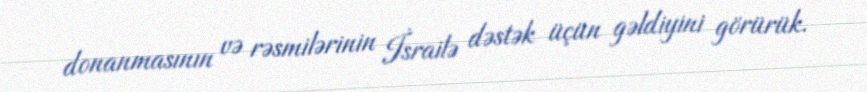
donanmasının və rəsmilərinin İsrailə dəstək üçün gəldiyini görürük.